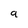
Character: 9